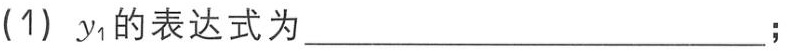
(1) \(y_{1}\)的表达式为____________________;